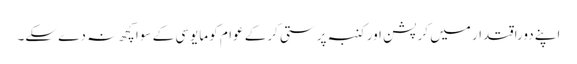
اپنے دوراقتدار میں کرپشن اور کنبہ پرستی کرکے عوام کو مایوسی کے سوا کچھ نہ دے سکے۔